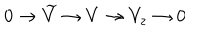
0 \rightarrow \widetilde { V } \rightarrow V \rightarrow V _ { z } \rightarrow 0